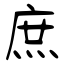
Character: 庶